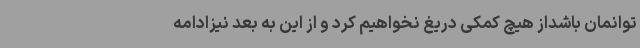
توانمان باشداز هیچ کمکی دریغ نخواهیم کرد و از این به بعد نیزادامه